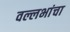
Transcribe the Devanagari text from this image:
वल्लभांचा